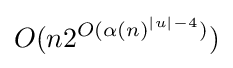
O(n2^{O(\alpha (n)^{|u|-4})})